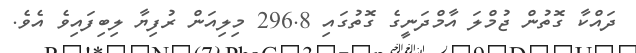
ދައްކާ ގޮތުން ޖުމްލަ އާމްދަނީގެ ގޮތުގައި 296.8 މިލިއަން ރުފިޔާ ލިބިފައިވެ އެވެ.